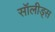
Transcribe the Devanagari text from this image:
सॉलीड्स